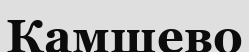
Камшево